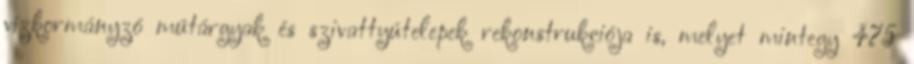
vízkormányzó mûtárgyak és szivattyútelepek rekonstrukciója is, melyet mintegy 475